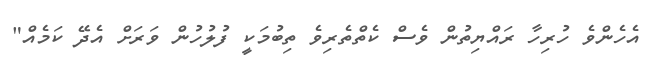
އެހެންވެ ހުރިހާ ރައްޔިތުން ވެސް ކެތްތެރިވެ ތިބުމަކީ ފުލުހުން ވަރަށް އެދޭ ކަމެއް"